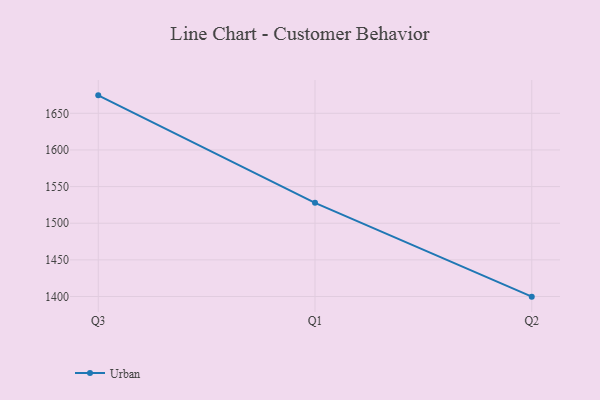
{"axis": {"x": "Quarter", "y": "Budget (USD K)"}, "legend": ["Urban"], "data": [{"x": "Q3", "y": 1674.5, "type": "Urban"}, {"x": "Q1", "y": 1527.8, "type": "Urban"}, {"x": "Q2", "y": 1399.8, "type": "Urban"}]}